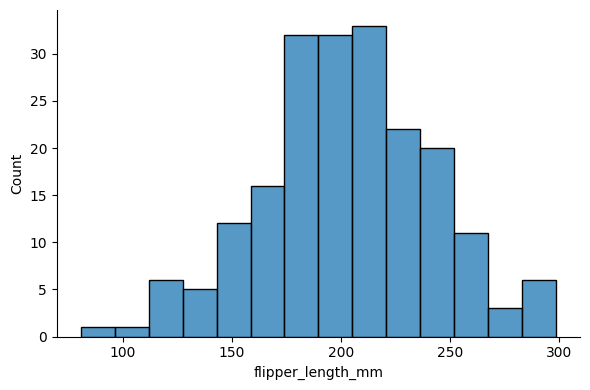
python, seaborn, displot, kind='hist', column='flipper_length_mm', hue='all', height=4, aspect=1.5